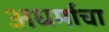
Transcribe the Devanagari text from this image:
अधर्माचा